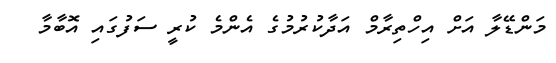
މަންޑޭލާ އަށް އިހްތިރާމް އަދާކުރުމުގެ އެންމެ ކުރީ ސަފުގައި އޮބާމާ